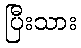
ပြီးသား